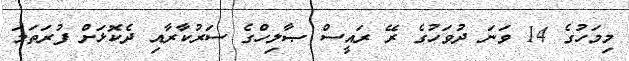
މިމަހުގެ 14 ވަނަ ދުވަހުގެ ރޭ ރައީސް ޞާލިހްގެ ސަރުކާރާއި ދެކޮޅަށް ފުރަތަމަ